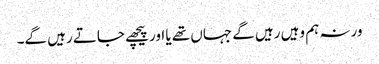
ورنہ ہم وہیں رہیں گے جہاں تھے یا اور پیچھے جاتے رہیں گے۔